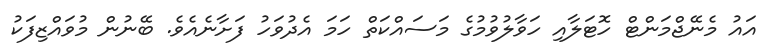
އައު މެނޭޖްމަންޓް ހޮޓަލާއި ހަވާލުވުމުގެ މަސައްކަތް ހަމަ އެދުވަހު ފަށާނެއެވެ. ބޭނުން މުވައްޒިފަކު